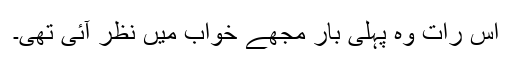
اس رات وہ پہلی بار مجھے خواب میں نظر آئی تھی۔